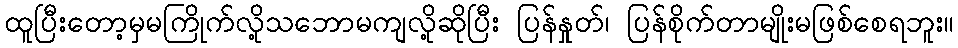
ထူပြီးတော့မှမကြိုက်လို့သဘောမကျလို့ဆိုပြီး ပြန်နှုတ်၊ ပြန်စိုက်တာမျိုးမဖြစ်စေရဘူး။